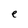
Character: e